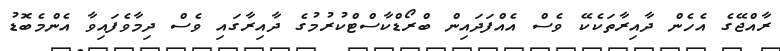
ރާއްޖޭގެ އެހެން ދާއިރާތަކެކޭ ވެސް އެއްފަދައިން ބްރޯޑްކާސްޓްކުރުމުގެ ދާއިރާގައި ވެސް ދިމާވެފައިވާ އެންމެބޮޑު